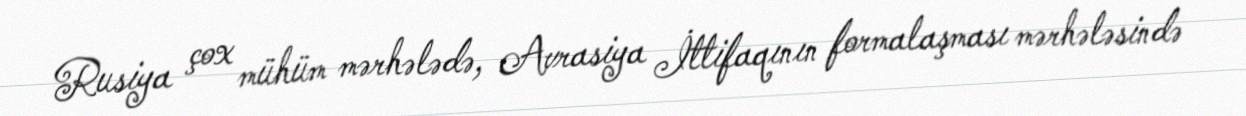
Rusiya çox mühüm mərhələdə, Avrasiya İttifaqının formalaşması mərhələsində